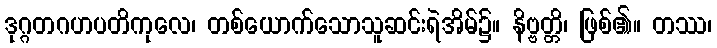
ဒုဂ္ဂတဂဟပတိကုလေ၊ တစ်ယောက်သောသူဆင်းရဲအိမ်၌။ နိဗ္ဗတ္တိ၊ ဖြစ်၏။ တဿ၊